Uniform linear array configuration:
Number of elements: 32
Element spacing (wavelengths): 0.25
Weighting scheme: blackman
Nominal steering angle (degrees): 45
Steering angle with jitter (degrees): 44.732
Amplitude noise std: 0.05
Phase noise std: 0.05

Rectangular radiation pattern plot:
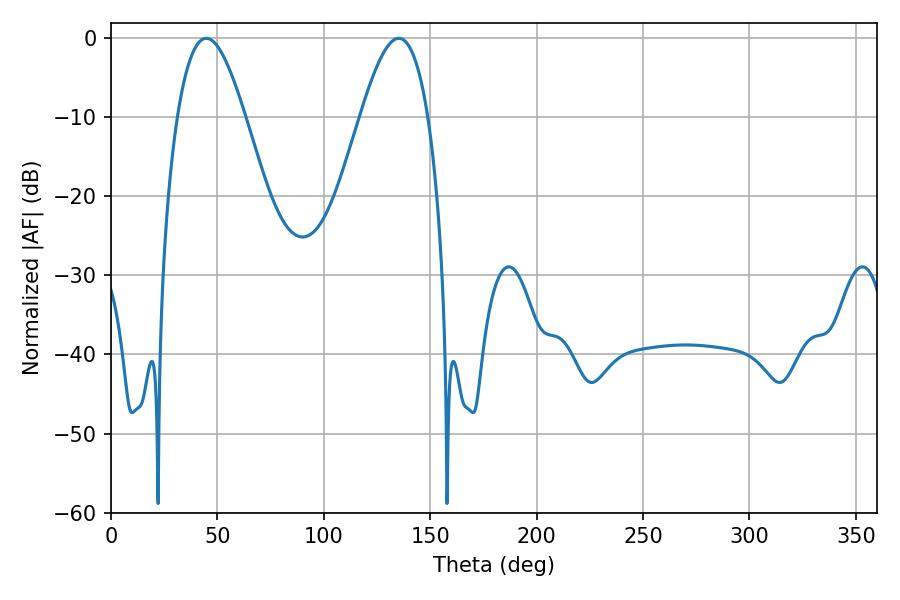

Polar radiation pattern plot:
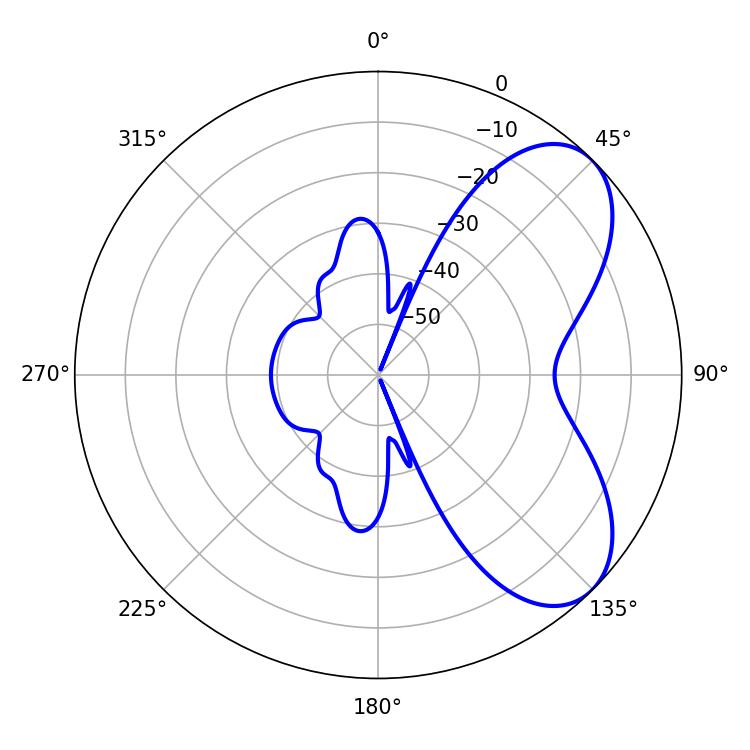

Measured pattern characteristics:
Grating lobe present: FALSE
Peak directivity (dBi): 6.283
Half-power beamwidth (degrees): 17.1
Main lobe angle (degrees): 44.82